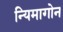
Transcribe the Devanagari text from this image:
न्यिमागोन